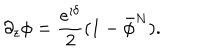
\partial _ { z } \phi = \frac { { \mathrm e } ^ { \imath \delta } } 2 ( 1 - \bar { \phi } ^ { N } ) .